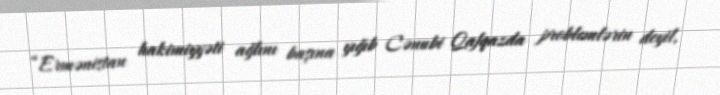
“Ermənistan hakimiyyəti ağlını başına yığıb Cənubi Qafqazda problemlərin deyil,